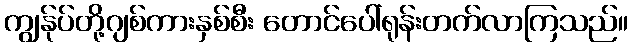
ကျွန်ုပ်တို့ဂျစ်ကားနှစ်စီး တောင်ပေါ်ရုန်းတက်လာကြသည်။